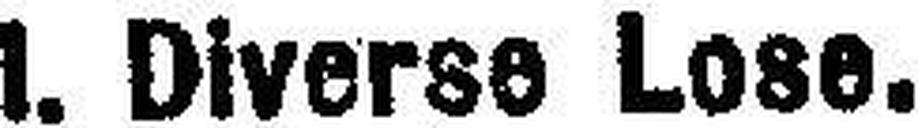
I. Diverse Lose.